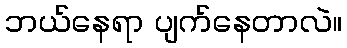
ဘယ်နေရာ ပျက်နေတာလဲ။